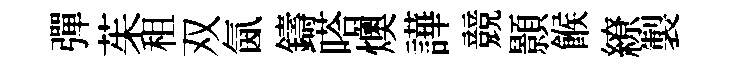
彈茱租双氤鑄嗒燠譁競顥餱繚製